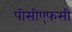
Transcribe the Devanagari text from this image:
पीसीएफसी